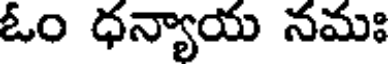
ఓం ధన్యాయ నమః